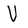
Character: V